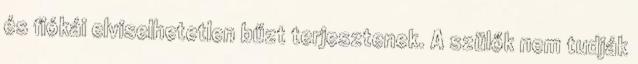
és fiókái elviselhetetlen bűzt terjesztenek. A szülők nem tudják